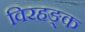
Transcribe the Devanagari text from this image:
विरहङ्क